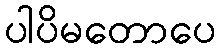
ပါပိမတောပေ